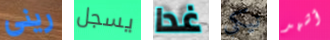
رينى يسجل غدا نيكي أشهد